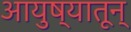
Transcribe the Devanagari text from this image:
आयुष्यातून्